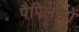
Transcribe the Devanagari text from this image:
पैपिलोमों